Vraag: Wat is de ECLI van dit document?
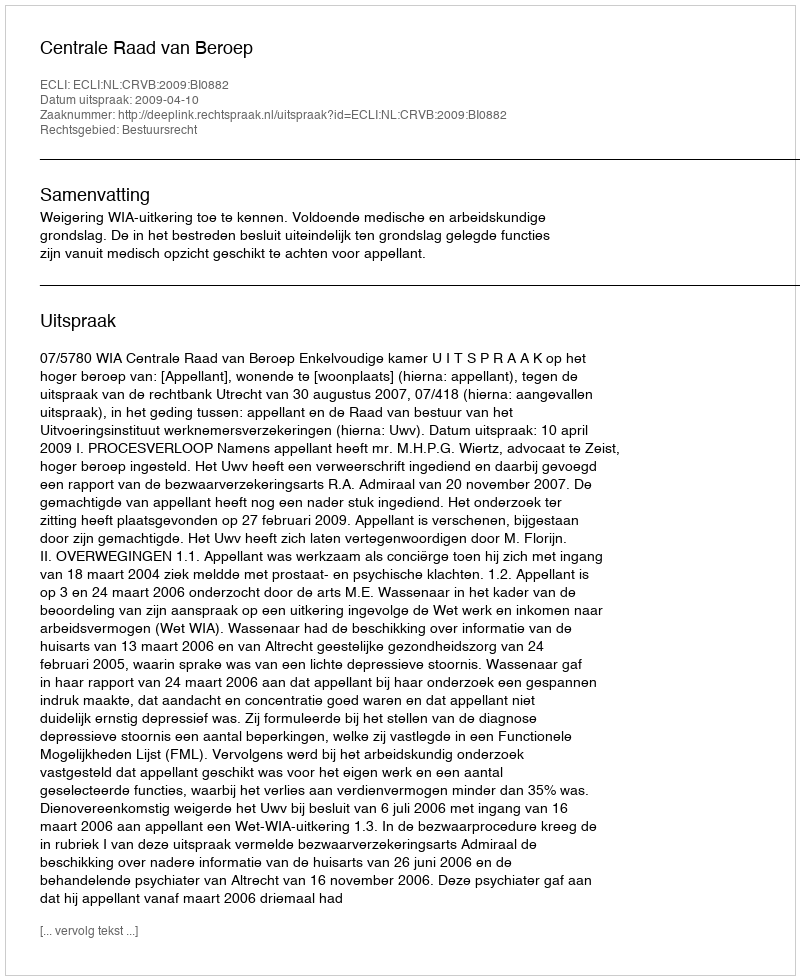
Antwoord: ECLI:NL:CRVB:2009:BI0882